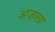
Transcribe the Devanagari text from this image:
अज़ला